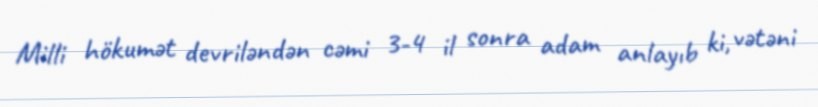
Milli hökumət devriləndən cəmi 3-4 il sonra adam anlayıb ki, vətəni